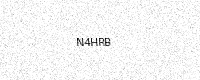
Text: N4HRB